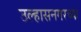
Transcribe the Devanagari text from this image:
उल्हासनगरच्या